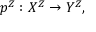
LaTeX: p ^ { Z } : X ^ { Z } \to Y ^ { Z } ,